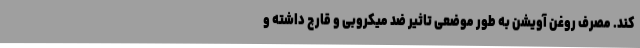
کند. مصرف روغن آویشن به طور موضعی تاثیر ضد میکروبی و قارچ داشته و